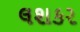
લશકર